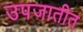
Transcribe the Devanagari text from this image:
उपजातीत